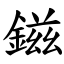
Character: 鎡